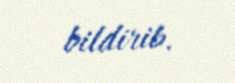
bildirib.